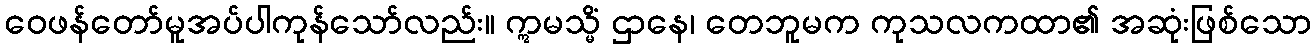
ဝေဖန်တော်မူအပ်ပါကုန်သော်လည်း။ ဣမသ္မိံ ဌာနေ၊ တေဘူမက ကုသလကထာ၏ အဆုံးဖြစ်သော